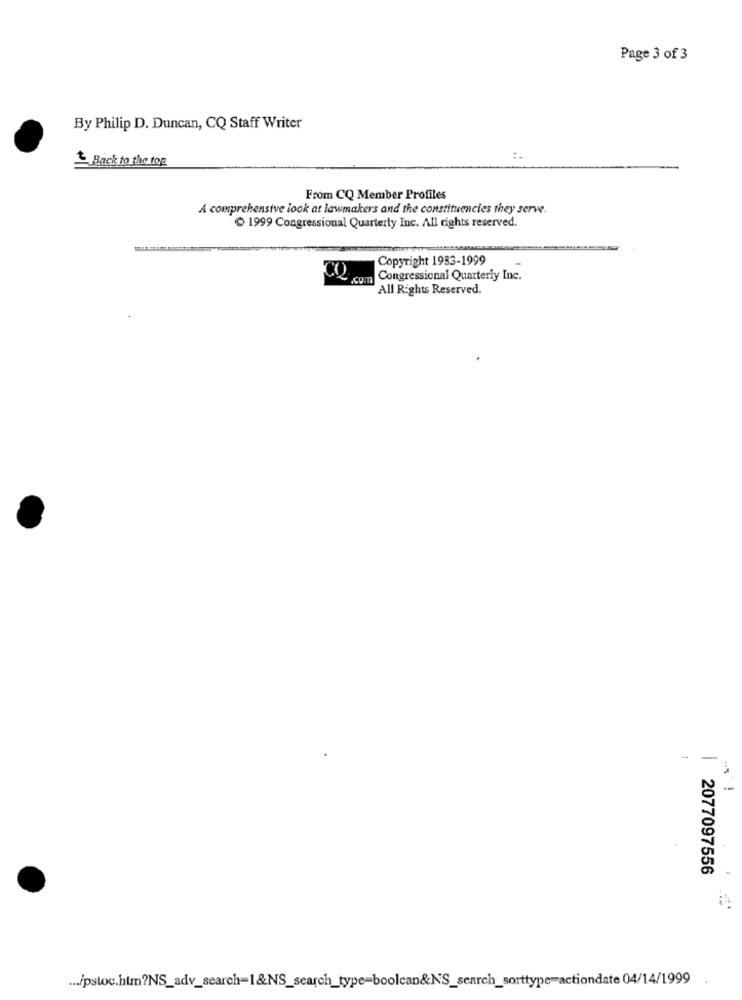
Page 3 of 3
By Philip D. Duncan, CQ Staff Writer
Back to the top
From CQ Member Profiles
A comprehensive look at lawmakers and the constituencies they serve.
1999 Congressional Quarterly Inc. All rights reserved.
Copyright 1983-1999
cum Congressional Quarterly Inc.
All Rights Reserved.
| 2077097556